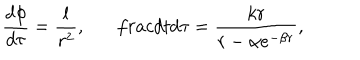
\frac { d \phi } { d \tau } = \frac { l } { r ^ { 2 } } , \ \ \, \frac { d t } { d \tau } = \frac { k r } { r - \alpha e ^ { - \beta r } } ,